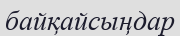
байқайсыңдар